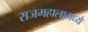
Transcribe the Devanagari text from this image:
राजमहालामध्ये